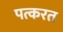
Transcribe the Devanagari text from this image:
पत्करत